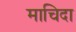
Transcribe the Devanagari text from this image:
माचिदा